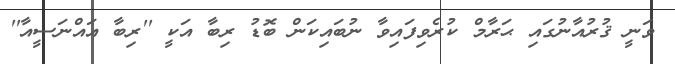
ވަނީ ޤުރުއާނުގައި ޙަރާމް ކުރެވިފައިވާ ނުބައިކަން ބޮޑު ރިބާ އަކީ ''ރިބާ އައްނަސީއާ''